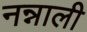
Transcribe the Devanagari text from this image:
नन्नाली